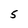
Character: 5